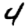
Digit: 4